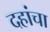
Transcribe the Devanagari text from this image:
दहांचा